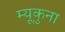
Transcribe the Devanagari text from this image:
म्यूकुना